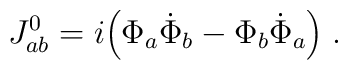
J_{ab}^0=i\Big(\Phi_a\dot{\Phi}_b-\Phi_b\dot{\Phi}_a\Big)\;.